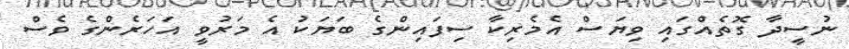
ނުސީދާ ގޮތެއްގައި ވިޔަސް އެމެރިކާ ސިފައިންގެ ބަޔަކު އެ މަރުވީ އަހަރެންގެ ވެސް